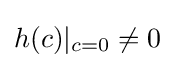
h(c)\vert _{c=0}\neq 0